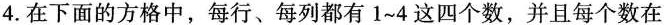
4.在下面的方格中，每行、每列都有1~4这四个数，并且每个数在